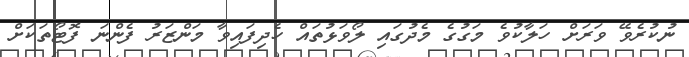
ނުކުރެވޭ ވަރަށް ހަލާކުވެ މަގުގެ މެދުގައި ލޯވަޅުތައް ހެދިފައިވާ މަންޒަރު ފެންނަ ފޮޓޯތަކަށް